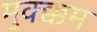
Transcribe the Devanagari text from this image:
मुक्क्कम